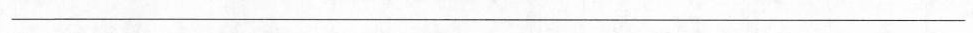
___